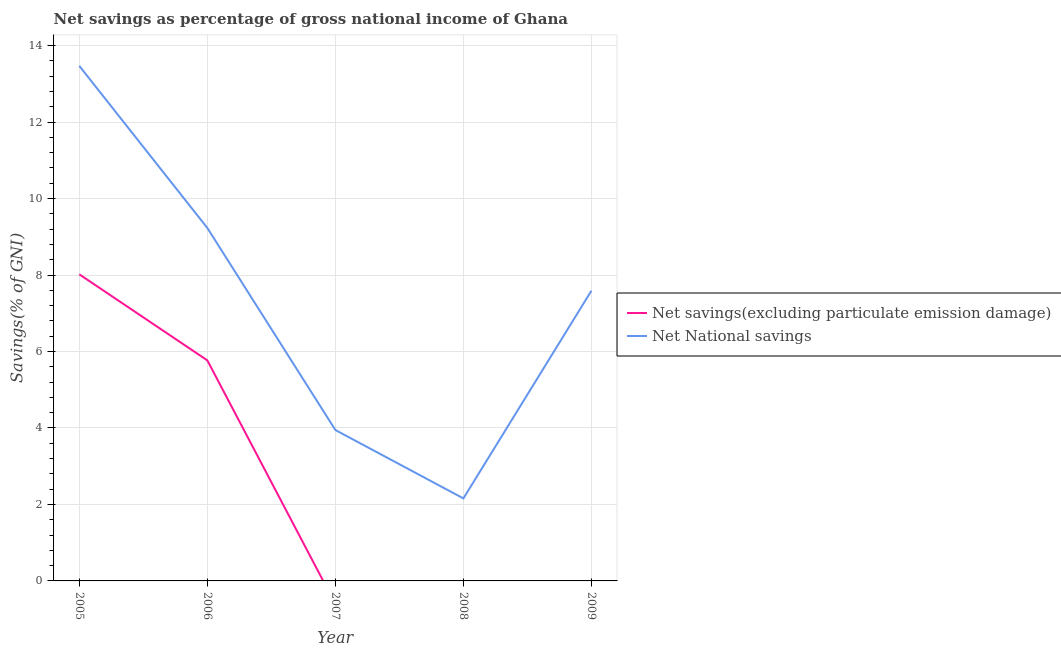
| Year | Net savings(excluding particulate emission damage) | Net National savings |
 | --- | --- | --- |
 | 2005 | 8.02 | 13.5 |
 | 2006 | 5.77 | 9.23 |
 | 2007 | -0.604 | 3.95 |
 | 2008 | -2.77 | 2.16 |
 | 2009 | 0.00906 | 7.59 |